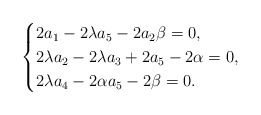
\begin{align*}\begin{cases}2a_1-2\lambda a_5-2a_2\beta=0,\\2\lambda a_2-2\lambda a_3+2a_5-2\alpha=0,\\2\lambda a_4-2\alpha a_5-2\beta=0.\end{cases}\end{align*}